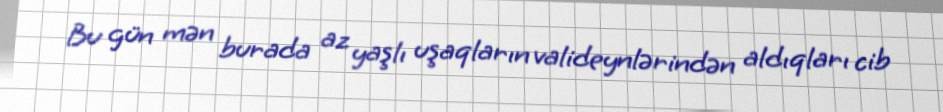
Bu gün mən burada az yaşlı uşaqların valideynlərindən aldıqları cib